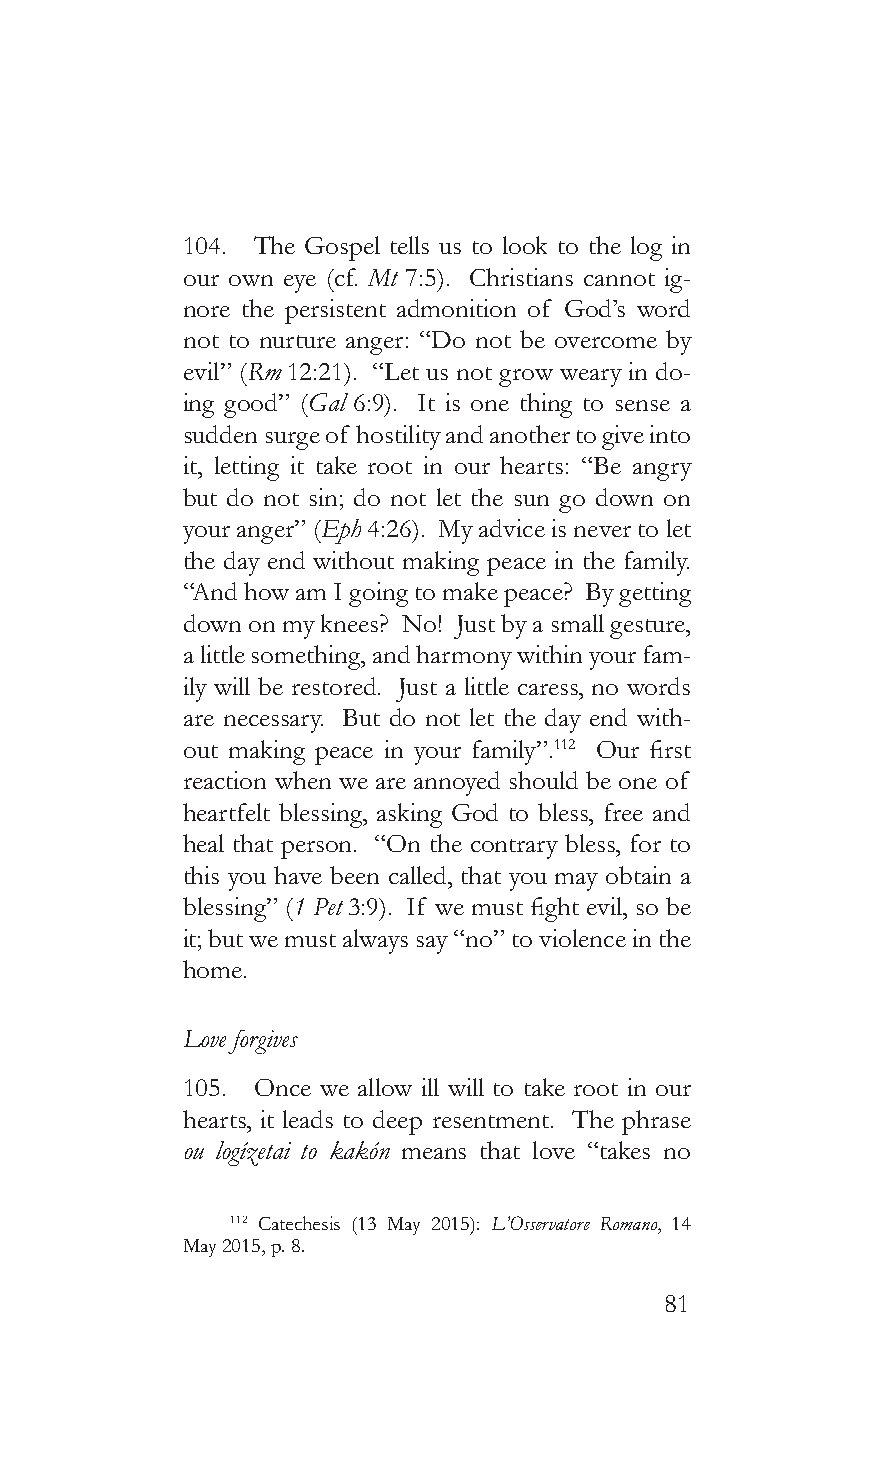
104. The Gospel tells us to look to the log in
 our own eye (cf. Mt 7:5). Christians cannot ig-
 nore the persistent admonition of God’s word
 not to nurture anger: “Do not be overcome by
 evil” (Rm 12:21). “Let us not grow weary in do-
 ing good” (Gal 6:9). It is one thing to sense a
 sudden surge of hostility and another to give into
 it, letting it take root in our hearts: “Be angry
 but do not sin; do not let the sun go down on
 your anger” (Eph 4:26). My advice is never to let
 the day end without making peace in the family.
 “And how am I going to make peace? By getting
 down on my knees? No! Just by a small gesture,
 a little something, and harmony within your fam-
 ily will be restored. Just a little caress, no words
 are necessary. But do not let the day end with-
 out making peace in your family”.112 Our first
 reaction when we are annoyed should be one of
 heartfelt blessing, asking God to bless, free and
 heal that person. “On the contrary bless, for to
 this you have been called, that you may obtain a
 blessing” (1 Pet 3:9). If we must fight evil, so be
 it; but we must always say “no” to violence in the
 home.
 Love forgives
 105. Once we allow ill will to take root in our
 hearts, it leads to deep resentment. The phrase
 ou logízetai to kakón means that love “takes no
 112 Catechesis (13 May 2015): L’Osservatore Romano, 14
 May 2015, p. 8.
 81